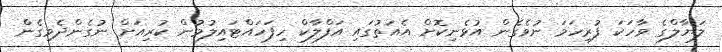
ލަޔާލްގެ ވާހަކަ ފުރިހަމަ ނުވެގެން އުޅެނިކޮށް އެއަތުގައި އަފްލާކް ހިފަހައްޓައިލުމުން ކުރިއަށް ނުގެންދެވިގެން